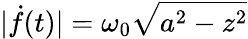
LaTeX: |\dot{f}(t)|=\omega_{0}\sqrt{a^{2}-z^{2}}